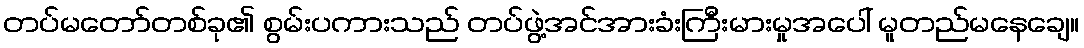
တပ်မတော်တစ်ခု၏ စွမ်းပကားသည် တပ်ဖွဲ့အင်အားခံးကြီးမားမှုအပေါ် မူတည်မနေချေ။